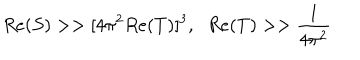
R e ( S ) > > [ 4 \pi ^ { 2 } R e ( T ) ] ^ { 3 } , \; \; R e ( T ) > > \frac { 1 } { 4 \pi ^ { 2 } }